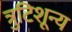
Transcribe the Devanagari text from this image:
त्रुटिशून्य